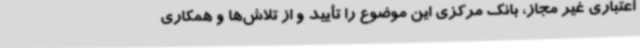
اعتباری غیر مجاز، بانک مرکزی این موضوع را تأیید و از تلاش‌ها و همکاری